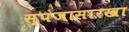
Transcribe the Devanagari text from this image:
स्पंजासारखा